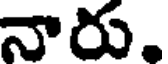
నారు.